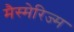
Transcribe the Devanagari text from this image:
मैस्मेरिज्म